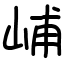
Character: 峬